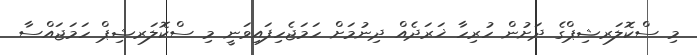
މި ސްކޮލަރޝިޕްގެ ދަށުން ހުރިހާ ޚަރަދެއް ދިނުމަށް ހަމަޖެހިފައިވަނީ މި ސްކޮލަރޝިޕް ހަމަޖައްސާ